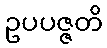
ဥပပဇ္ဇတိ